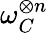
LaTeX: \omega_{C}^{\otimes n}